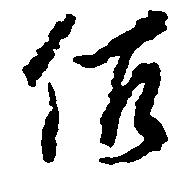
佐